Annual administration report of the Civil Veterinary Department of India - 1898-1899
Year: 1898
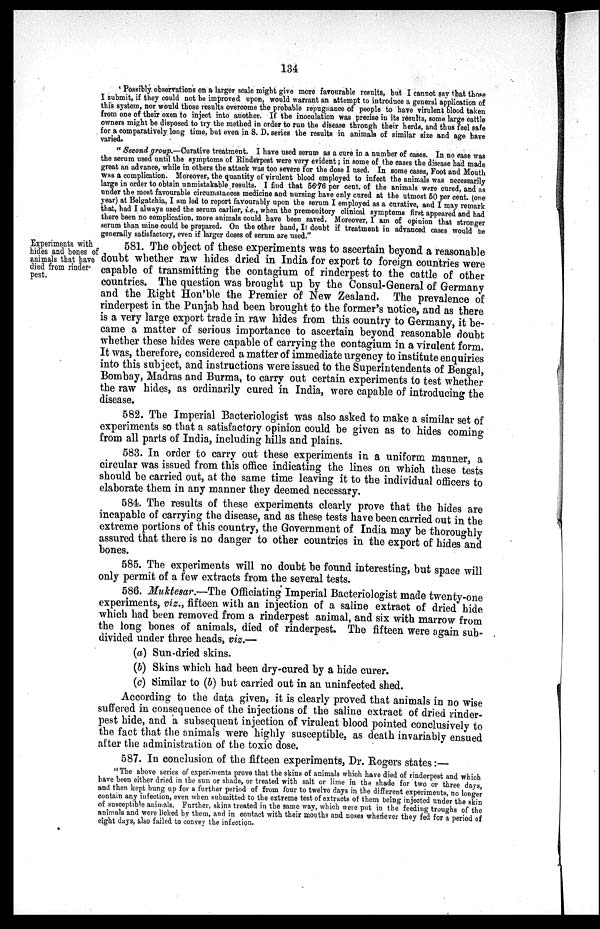
134
'Possibly observations on a larger scale might give more favourable results, but I cannot say that those
I submit, if they could not be improved upon, would warrant an attempt to introduce a general application of
this system, nor would those results overcome the probable repugnance of people to have virulent blood taken
from one of their oxen to inject into another. If the inoculation was precise in its results, some large cattle
owners might be disposed to try the method in order to run the disease through their herds, and thus feel safe
for a comparatively long time, but even in S. D. series the results in animals of similar size and age have
varied.
"Second group.—Curative treatment. I have used serum as a cure in a number of cases. In no case was
the serum used until the symptoms of Rinderpest were very evident; in some of the cases the disease had made
great an advance, while in others the attack was too severe for the dose I used. In some cases, Foot and Mouth
was a complication. Moreover, the quantity of virulent blood employed to infect the animals was necessarily
large in order to obtain unmistakable results. I find that 56.76 per cent. of the animals were cured, and as
under the most favourable circumstances medicine and nursing have only cured at the utmost 50 per cent. (one
year) at Belgatchia, I am led to report favourably upon the serum I employed as a curative, and I may remark
that, had I always used the serum earlier, i.e., when the premonitory clinical symptoms first appeared and had
there been no complication, more animals could have been saved. Moreover, I am of opinion that stronger
serum than mine could be prepared. On the other hand, I doubt if treatment in advanced cases would be
generally satisfactory, even if larger doses of serum are used."
Experiments with
hides and bones of
animals that have
died from rinder-
pest.
581. The object of these experiments was to ascertain beyond a reasonable
doubt whether raw hides dried in India for export to foreign countries were
capable of transmitting the contagium of rinderpest to the cattle of other
countries. The question was brought up by the Consul-General of Germany
and the Right Hon'ble the Premier of New Zealand. The prevalence of
rinderpest in the Punjab had been brought to the former's notice, and as there
is a very large export trade in raw hides from this country to Germany, it be-
came a matter of serious importance to ascertain beyond reasonable doubt
whether these hides were capable of carrying the contagium in a virulent form.
It was, therefore, considered a matter of immediate urgency to institute enquiries
into this subject, and instructions were issued to the Superintendents of Bengal,
Bombay, Madras and Burma, to carry out certain experiments to test whether
the raw hides, as ordinarily cured in India, were capable of introducing the
disease.
582. The Imperial Bacteriologist was also asked to make a similar set of
experiments so that a satisfactory opinion could be given as to hides coming
from all parts of India, including hills and plains.
583. In order to carry out these experiments in a uniform manner, a
circular was issued from this office indicating the lines on which these tests
should be carried out, at the same time leaving it to the individual officers to
elaborate them in any manner they deemed necessary.
584. The results of these experiments clearly prove that the hides are
incapable of carrying the disease, and as these tests have been carried out in the
extreme portions of this country, the Government of India may be thoroughly
assured that there is no danger to other countries in the export of hides and
bones.
585. The experiments will no doubt be found interesting, but space will
only permit of a few extracts from the several tests.
586. Muktesar.—The Officiating Imperial Bacteriologist made twenty-one
experiments, viz., fifteen with an injection of a saline extract of dried hide
which had been removed from a rinderpest animal, and six with marrow from
the long bones of animals, died of rinderpest. The fifteen were again sub-
divided under three heads, viz.—
(a) Sun-dried skins.
(b) Skins which had been dry-cured by a hide curer.
(c) Similar to (b) but carried out in an uninfected shed.
According to the data given, it is clearly proved that animals in no wise
suffered in consequence of the injections of the saline extract of dried rinder-
pest hide, and a subsequent injection of virulent blood pointed conclusively to
the fact that the animals were highly susceptible, as death invariably ensued
after the administration of the toxic dose.
587. In conclusion of the fifteen experiments, Dr. Rogers states:—
"The above series of experiments prove that the skins of animals which have died of rinderpest and which
have been either dried in the sun or shade, or treated with salt or lime in the shade for two or three days,
and then kept hung up for a further period of from four to twelve days in the different experiments, no longer
contain any infection, even when submitted to the extreme test of extracts of them being injected under the skin
of susceptible animals. Further, skins treated in the same way, which were put in the feeding troughs of the
animals and were licked by them, and in contact with their mouths and noses whenever they fed for a period of
eight days, also failed to convey the infection.